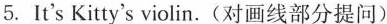
5.It's \underline{Kitty's} violin. (对画线部分提问)